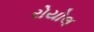
રોયોલ